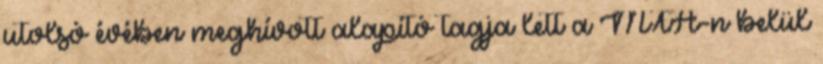
utolsó évében meghívott alapító tagja lett a MTA-n belül